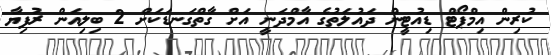
ކުރިން އިމްޕޯޓް ޑިއުޓީން ދައުލަތުގެ އާމްދަނީ އަށް ގާތްގަނޑަކަށް 2 ބިލިއަން ރުފިޔާ